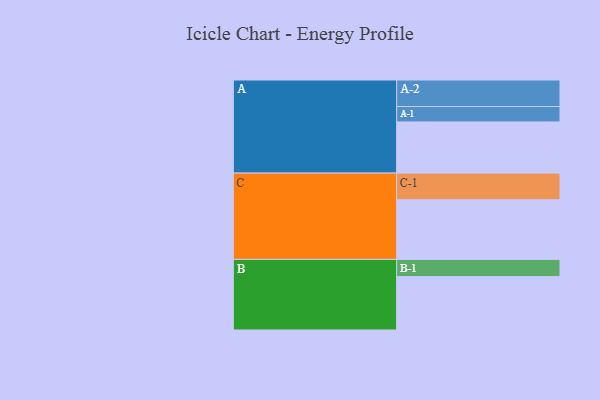
{"axis": {"x": "Segment", "y": "Value"}, "legend": ["", "A", "B", "C"], "data": [{"x": "A", "y": 457, "type": ""}, {"x": "B", "y": 477, "type": ""}, {"x": "C", "y": 533, "type": ""}, {"x": "A-1", "y": 138, "type": "A"}, {"x": "A-2", "y": 237, "type": "A"}, {"x": "B-1", "y": 154, "type": "B"}, {"x": "C-1", "y": 238, "type": "C"}]}